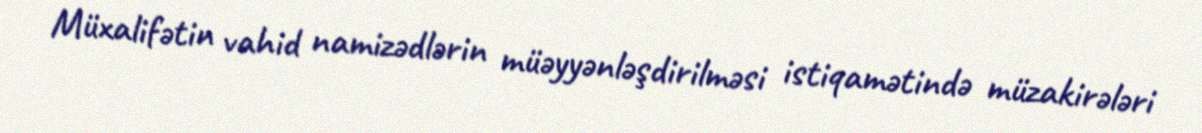
Müxalifətin vahid namizədlərin müəyyənləşdirilməsi istiqamətində müzakirələri